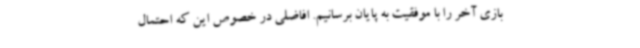
بازی آخر را با موفقیت به پایان برسانیم. افاضلی در خصوص این که احتمال